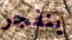
ينفجر